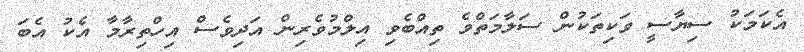
އެކަމަކު ސިިޔާސީ ވަކިތަކުން ސަލާމަތްވެ ތިއްބެވި އިލްމުވެރިން އަދިވެސް އިހްތިރާމާ އެކު އެބަ